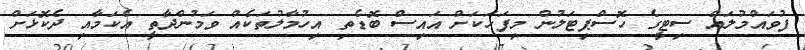
ފުވައްމުލައް ސިޓީގެ ހޮސްޕިޓަލުން މިފަހަކަށް އައިސް ބޮޑެތި އިހުމާލުތަކެއް ވަމުންދާތީ އެކަމާއި ދެކޮޅަށް